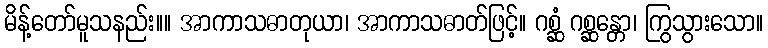
မိန့်တော်မူသနည်း။။ အာကာသဓာတုယာ၊ အာကာသဓာတ်ဖြင့်။ ဂစ္ဆံ ဂစ္ဆန္တော၊ ကြွသွားသော။